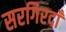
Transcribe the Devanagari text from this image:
सरगिरदाँ